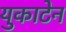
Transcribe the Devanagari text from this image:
युकाटेन